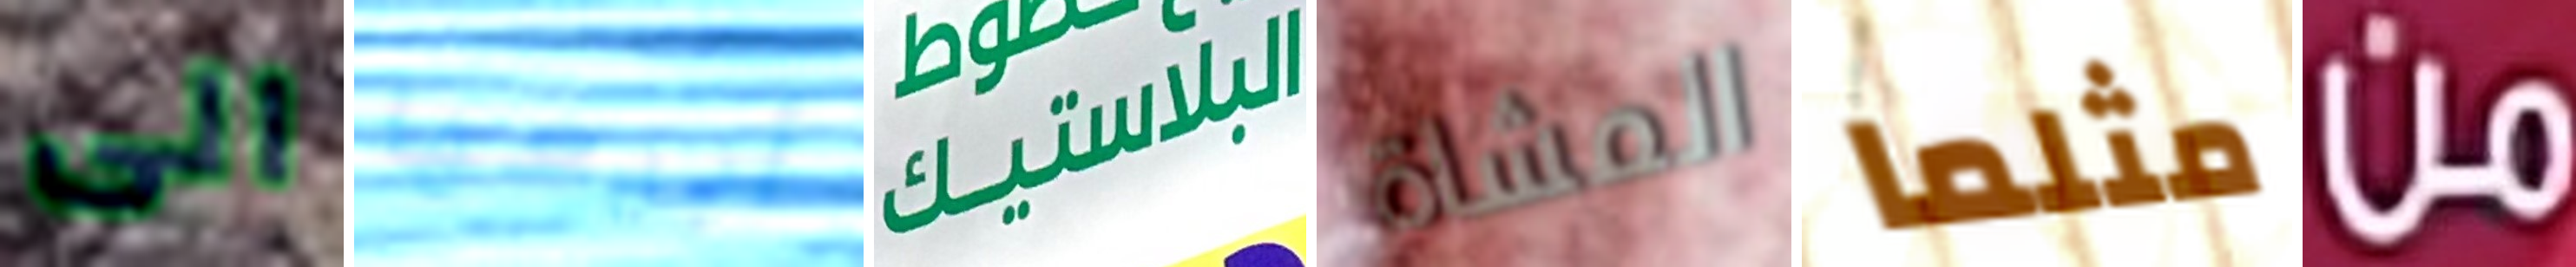
الى أبيعها البلاستيك المشاة مثلما من